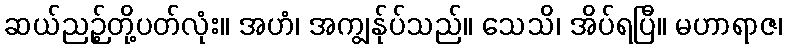
ဆယ်ညဉ့်တို့ပတ်လုံး။ အဟံ၊ အကျွန်ုပ်သည်။ သေသိ၊ အိပ်ရပြီ။ မဟာရာဇ၊